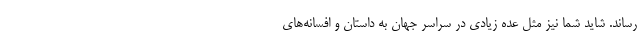
رساند. شاید شما نیز مثل عده زیادی در سراسر جهان به داستان و افسانه‌های